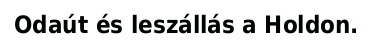
Odaút és leszállás a Holdon.